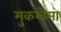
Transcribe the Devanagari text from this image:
मुकब्वेमा